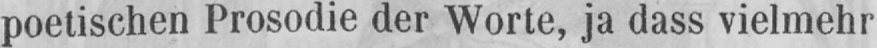
poetischen Prosodie der Worte, ja dass vielmehr